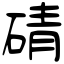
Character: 碃